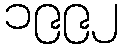
၁၉၉၂